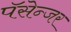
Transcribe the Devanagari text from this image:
पॅसेन्जर